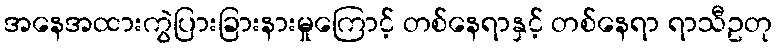
အနေအထားကွဲပြားခြားနားမှုကြောင့် တစ်နေရာနှင့် တစ်နေရာ ရာသီဥတု